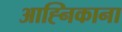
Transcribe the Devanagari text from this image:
आह्निकाना